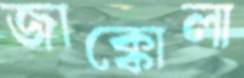
জাক্কোলা